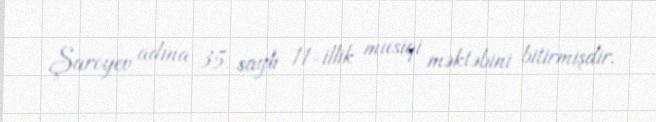
Şaroyev adına 35 saylı 11-illik musiqi məktəbini bitirmişdir.